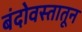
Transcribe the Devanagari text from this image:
बंदोवस्तातून